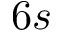
6 s